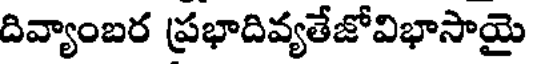
దివ్యాంబర ప్రభాదివ్యతేజోవిభాసాయై